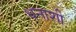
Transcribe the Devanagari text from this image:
धनाशी